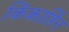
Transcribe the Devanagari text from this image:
किंकार्डिन